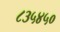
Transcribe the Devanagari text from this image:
८३५४५०